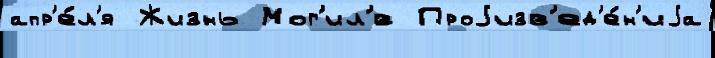
апр'е́л'я Жизнь Мог'ил'́в Проjизв'ед'е́н'иjа